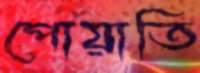
পোয়াতি